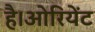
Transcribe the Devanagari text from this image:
है।ओरियेंट